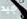
جيد